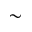
\sim